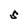
Character: S